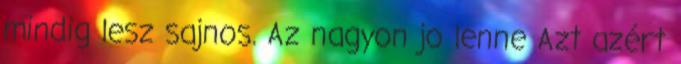
mindig lesz sajnos. Az nagyon jo lenne Azt azért